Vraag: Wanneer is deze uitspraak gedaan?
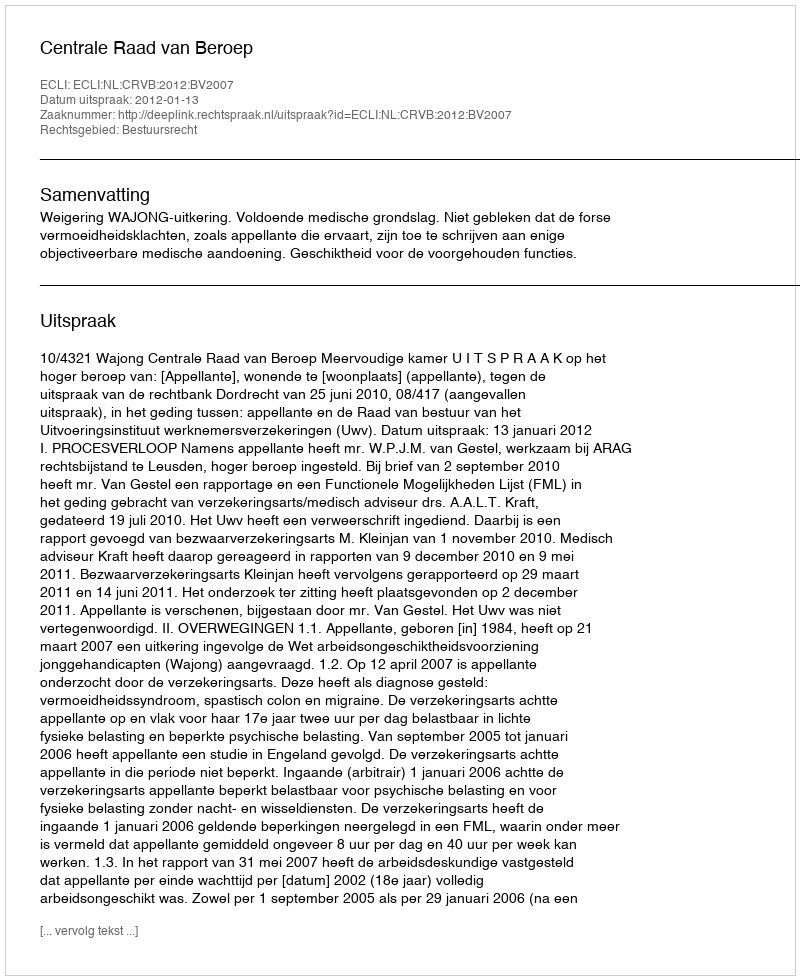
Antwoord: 2012-01-13